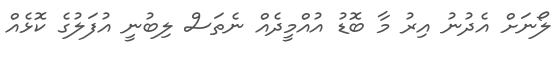
ލޯނަށް އެދުނު އިރު މާ ބޮޑު އުއްމީދެއް ނެތަސް ލިބުނީ އުފަލުގެ ކޮޅެއް